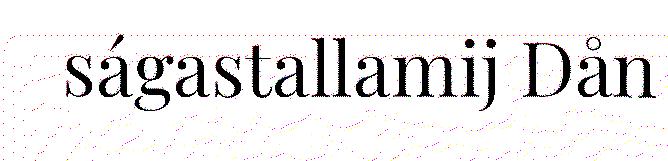
ságastallamij Dån